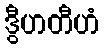
ဒွီဟတီဟံ